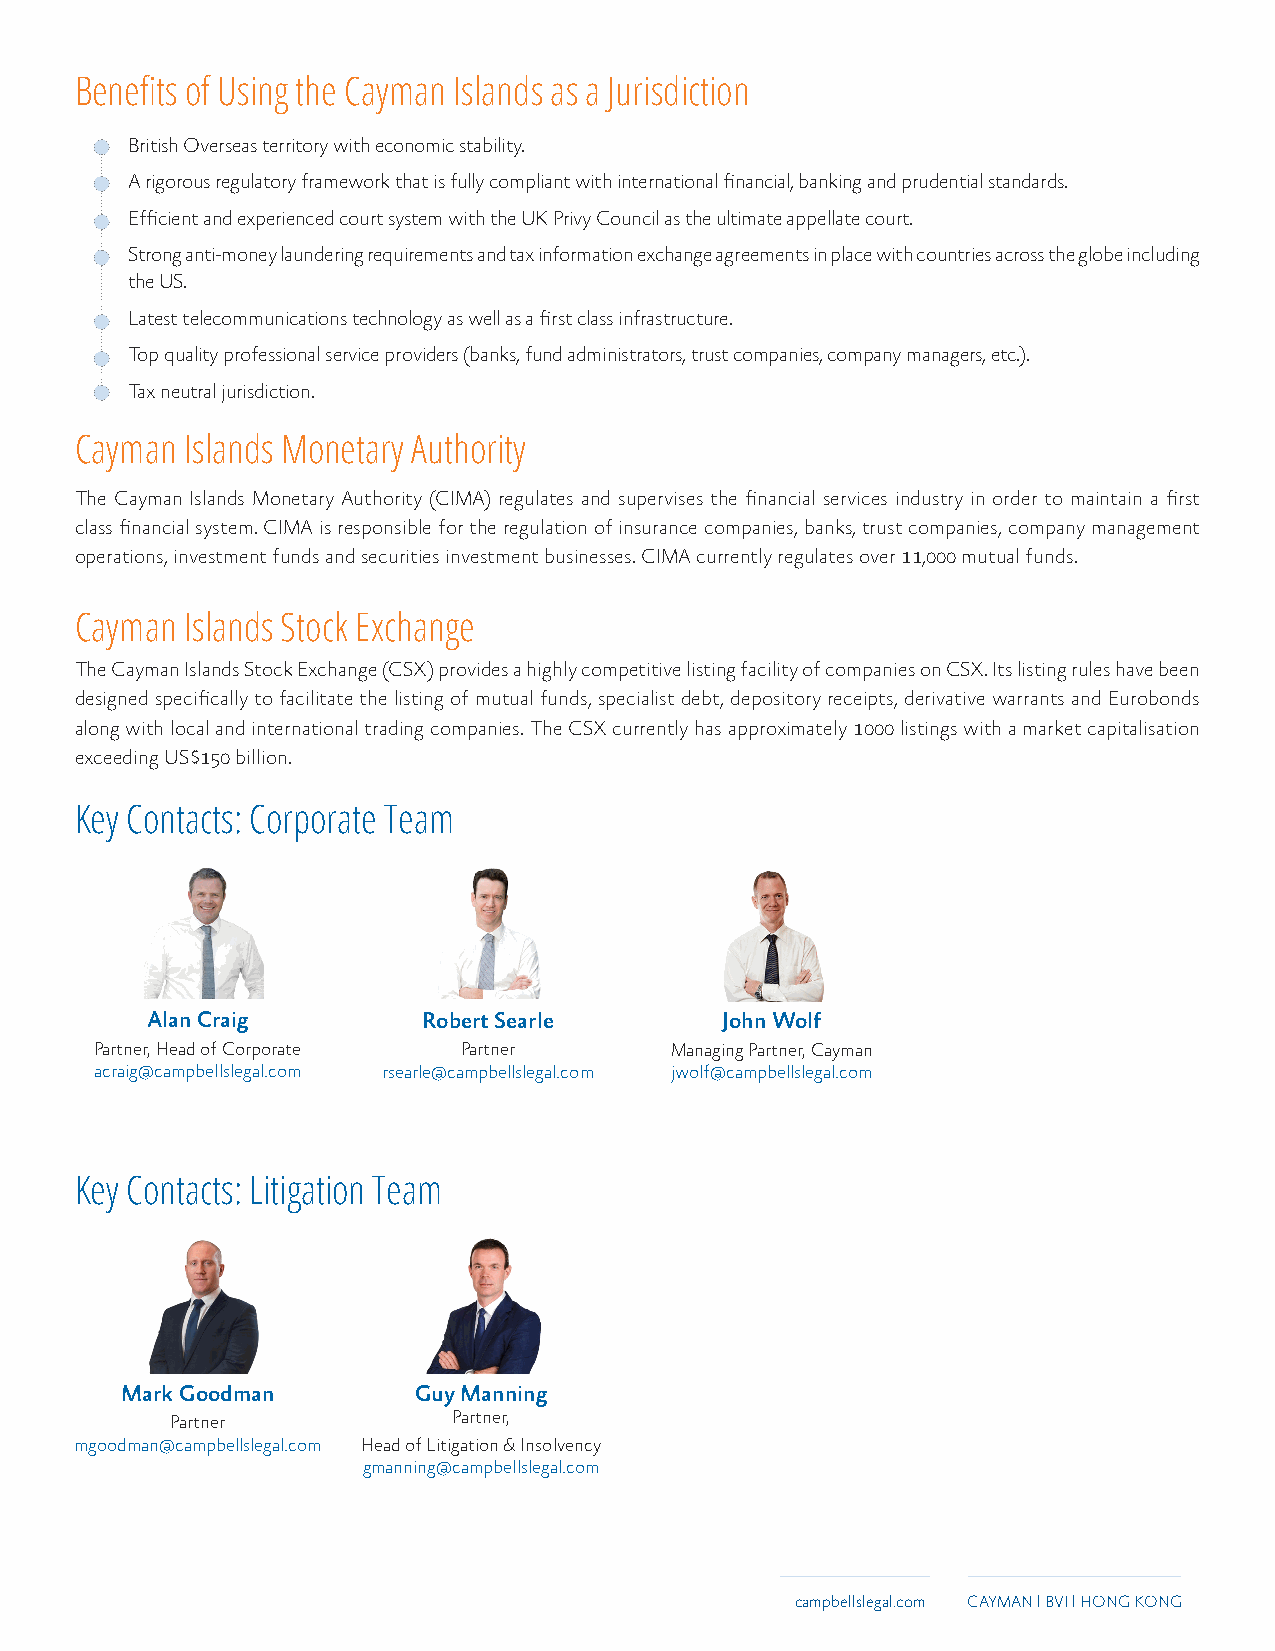
Benefits of Using the Cayman Islands as a Jurisdiction
 · British Overseas territory with economic stability.
 · A rigorous regulatory framework that is fully compliant with international financial, banking and prudential standards.
 · Efficient and experienced court system with the UK Privy Council as the ultimate appellate court.
 · Strong anti-money laundering requirements and tax information exchange agreements in place with countries across the globe including
 the US.
 · Latest telecommunications technology as well as a first class infrastructure.
 · Top quality professional service providers (banks, fund administrators, trust companies, company managers, etc.).
 · Tax neutral jurisdiction.
 Cayman Islands Monetary Authority
 The Cayman Islands Monetary Authority (CIMA) regulates and supervises the financial services industry in order to maintain a first
 class financial system. CIMA is responsible for the regulation of insurance companies, banks, trust companies, company management
 operations, investment funds and securities investment businesses. CIMA currently regulates over 11,000 mutual funds.
 Cayman Islands Stock Exchange
 The Cayman Islands Stock Exchange (CSX) provides a highly competitive listing facility of companies on CSX. Its listing rules have been
 designed specifically to facilitate the listing of mutual funds, specialist debt, depository receipts, derivative warrants and Eurobonds
 along with local and international trading companies. The CSX currently has approximately 1000 listings with a market capitalisation
 exceeding US$150 billion.
 Key Contacts: Corporate Team
 Alan Craig        Robert Searle       John Wolf
 Partner, Head of Corporate Partner    Managing Partner, Cayman
 acraig@campbellslegal.com rsearle@campbellslegal.com jwolf@campbellslegal.com
 Key Contacts: Litigation Team
 Mark Goodman       Guy Manning
 Partner            Partner,
 mgoodman@campbellslegal.com Head of Litigation & Insolvency
 gmanning@campbellslegal.com
 campbellslegal.com CAYMAN l BVI l HONG KONG